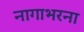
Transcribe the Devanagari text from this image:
नागाभरना